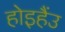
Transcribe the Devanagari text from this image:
होइहैंउ